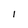
Character: 1